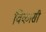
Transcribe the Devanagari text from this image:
विकासी